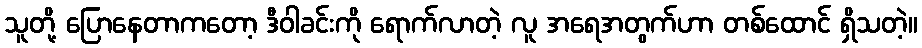
သူတို့ ပြောနေတာကတော့ ဒီဝါခင်းကို ရောက်လာတဲ့ လူ အရေအတွက်ဟာ တစ်ထောင် ရှိသတဲ့။